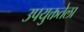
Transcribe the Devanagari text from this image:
उपयुक्ततेला